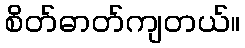
စိတ်ဓာတ်ကျတယ်။